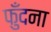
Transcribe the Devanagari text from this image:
फुँदना